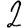
Digit: 2